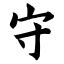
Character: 守